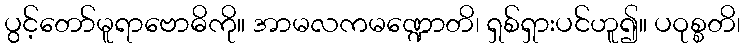
ပွင့်တော်မူရာဗောဓိကို။ အာမလကမဏ္ဍောတိ၊ ရှစ်ရှားပင်ဟူ၍။ ပဝုစ္စတိ၊